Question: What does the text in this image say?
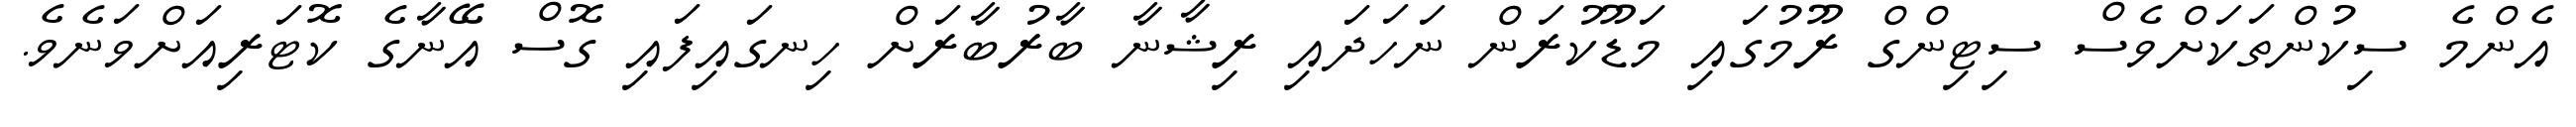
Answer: އެންމެ ސިކުންތަކަށްވެސް ސިޓިންގް ރޫމުގައި މަޑޫކުރަން ނަހަދައި ރިޝާނާ ބާރުބާރަށް ހިނގައިފައި ގޮސް އޭނާގެ ކޮޓަރިއަށްވަނެވެ.